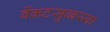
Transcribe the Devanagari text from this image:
वेंकटसुब्बय्या